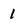
Character: 1